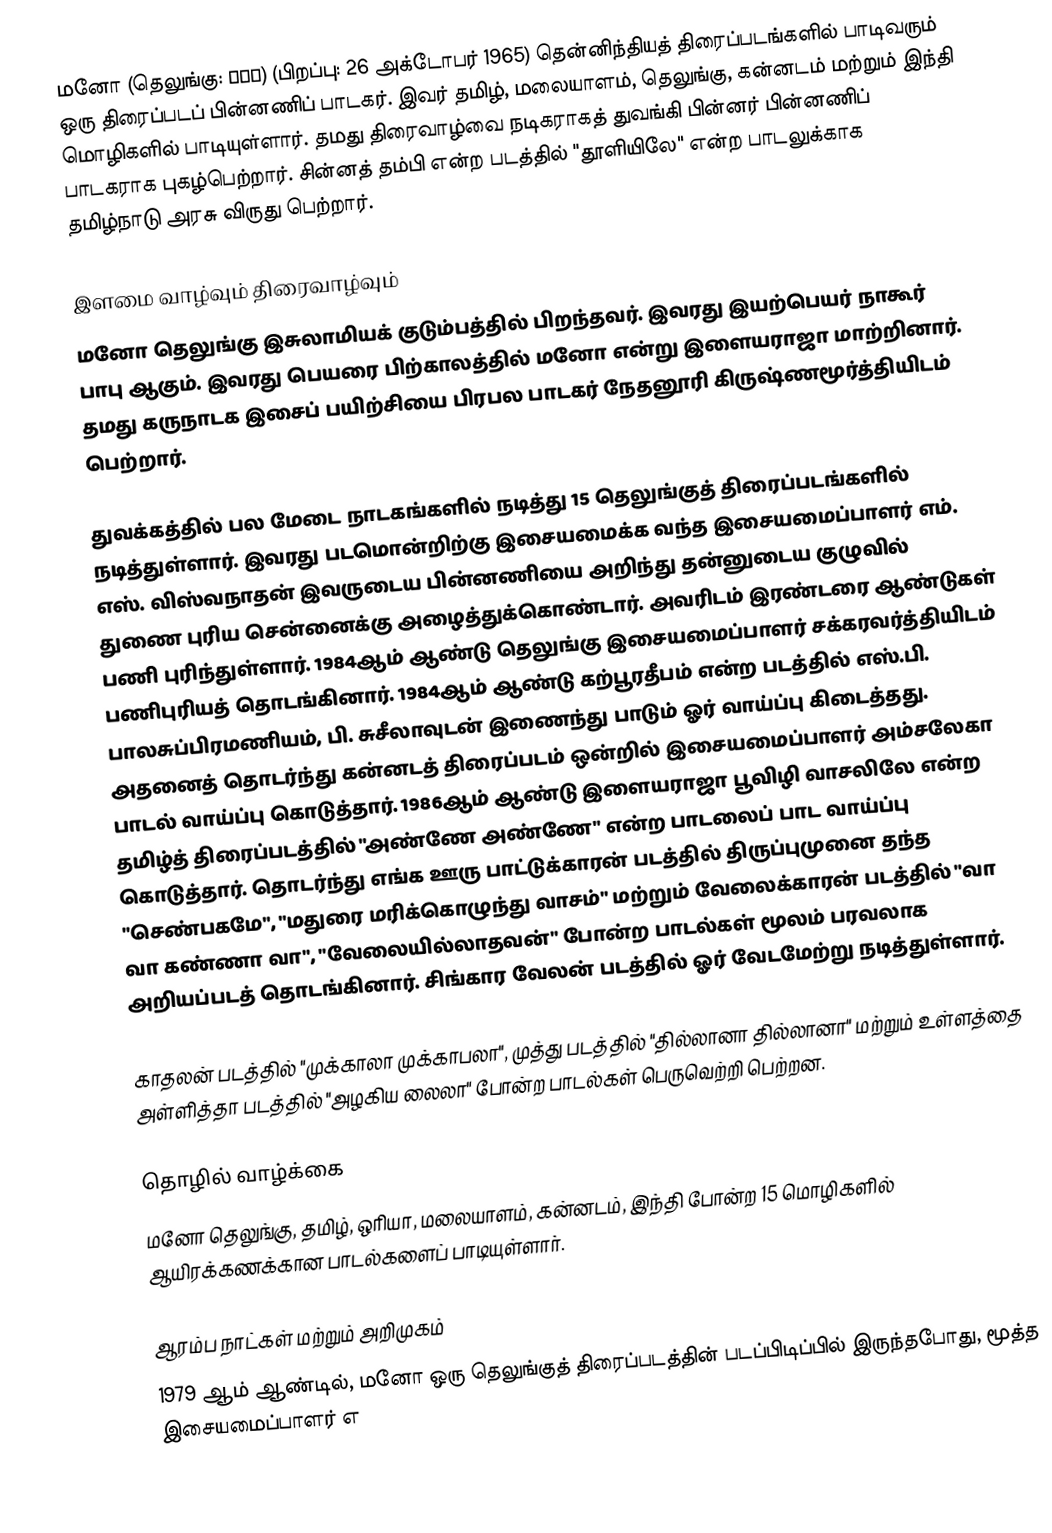
மனோ (தெலுங்கு: మనో) (பிறப்பு: 26 அக்டோபர் 1965) தென்னிந்தியத் திரைப்படங்களில் பாடிவரும் ஒரு திரைப்படப் பின்னணிப் பாடகர். இவர் தமிழ், மலையாளம், தெலுங்கு, கன்னடம் மற்றும் இந்தி மொழிகளில் பாடியுள்ளார். தமது திரைவாழ்வை நடிகராகத் துவங்கி பின்னர் பின்னணிப் பாடகராக புகழ்பெற்றார். சின்னத் தம்பி என்ற படத்தில் "தூளியிலே" என்ற பாடலுக்காக தமிழ்நாடு அரசு விருது பெற்றார்.

இளமை வாழ்வும் திரைவாழ்வும்
மனோ தெலுங்கு இசுலாமியக் குடும்பத்தில் பிறந்தவர். இவரது இயற்பெயர் நாகூர் பாபு ஆகும். இவரது பெயரை பிற்காலத்தில் மனோ என்று இளையராஜா மாற்றினார். தமது கருநாடக இசைப் பயிற்சியை பிரபல பாடகர் நேதனூரி கிருஷ்ணமூர்த்தியிடம் பெற்றார்.

துவக்கத்தில் பல மேடை நாடகங்களில் நடித்து 15 தெலுங்குத் திரைப்படங்களில் நடித்துள்ளார். இவரது படமொன்றிற்கு இசையமைக்க வந்த இசையமைப்பாளர் எம். எஸ். விஸ்வநாதன் இவருடைய பின்னணியை அறிந்து தன்னுடைய குழுவில் துணை புரிய சென்னைக்கு அழைத்துக்கொண்டார். அவரிடம் இரண்டரை ஆண்டுகள் பணி புரிந்துள்ளார். 1984ஆம் ஆண்டு தெலுங்கு இசையமைப்பாளர் சக்கரவர்த்தியிடம் பணிபுரியத் தொடங்கினார். 1984ஆம் ஆண்டு கற்பூரதீபம் என்ற படத்தில் எஸ்.பி. பாலசுப்பிரமணியம், பி. சுசீலாவுடன் இணைந்து பாடும் ஓர் வாய்ப்பு கிடைத்தது. அதனைத் தொடர்ந்து கன்னடத் திரைப்படம் ஒன்றில் இசையமைப்பாளர் அம்சலேகா பாடல் வாய்ப்பு கொடுத்தார். 1986ஆம் ஆண்டு இளையராஜா பூவிழி வாசலிலே என்ற தமிழ்த் திரைப்படத்தில் "அண்ணே அண்ணே" என்ற பாடலைப் பாட வாய்ப்பு கொடுத்தார். தொடர்ந்து எங்க ஊரு பாட்டுக்காரன் படத்தில் திருப்புமுனை தந்த "செண்பகமே", "மதுரை மரிக்கொழுந்து வாசம்" மற்றும் வேலைக்காரன் படத்தில் "வா வா கண்ணா வா", "வேலையில்லாதவன்" போன்ற பாடல்கள் மூலம் பரவலாக அறியப்படத் தொடங்கினார். சிங்கார வேலன் படத்தில் ஓர் வேடமேற்று நடித்துள்ளார்.

காதலன் படத்தில் "முக்காலா முக்காபலா", முத்து படத்தில் "தில்லானா தில்லானா" மற்றும் உள்ளத்தை அள்ளித்தா படத்தில் "அழகிய லைலா" போன்ற பாடல்கள் பெருவெற்றி பெற்றன.

தொழில் வாழ்க்கை
மனோ தெலுங்கு, தமிழ், ஒரியா, மலையாளம், கன்னடம், இந்தி போன்ற 15 மொழிகளில் ஆயிரக்கணக்கான பாடல்களைப் பாடியுள்ளார்.

ஆரம்ப நாட்கள் மற்றும் அறிமுகம்
1979 ஆம் ஆண்டில், மனோ ஒரு தெலுங்குத் திரைப்படத்தின் படப்பிடிப்பில் இருந்தபோது, மூத்த இசையமைப்பாளர் எ